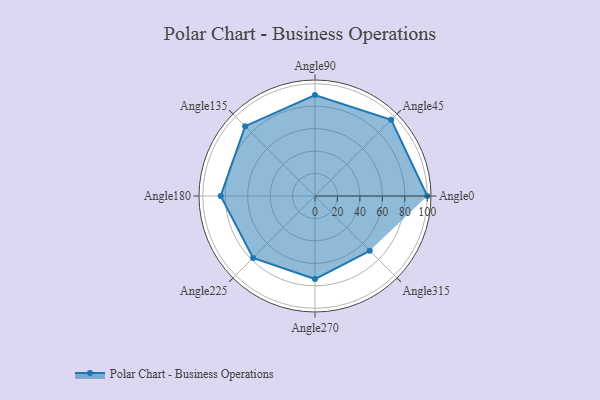
{"axis": {"x": "Angle", "y": "Radius"}, "legend": [""], "data": [{"x": "Angle0", "y": 100.0, "type": ""}, {"x": "Angle45", "y": 96.0, "type": ""}, {"x": "Angle90", "y": 90.0, "type": ""}, {"x": "Angle135", "y": 88.0, "type": ""}, {"x": "Angle180", "y": 84.0, "type": ""}, {"x": "Angle225", "y": 78.0, "type": ""}, {"x": "Angle270", "y": 74.0, "type": ""}, {"x": "Angle315", "y": 69.0, "type": ""}]}